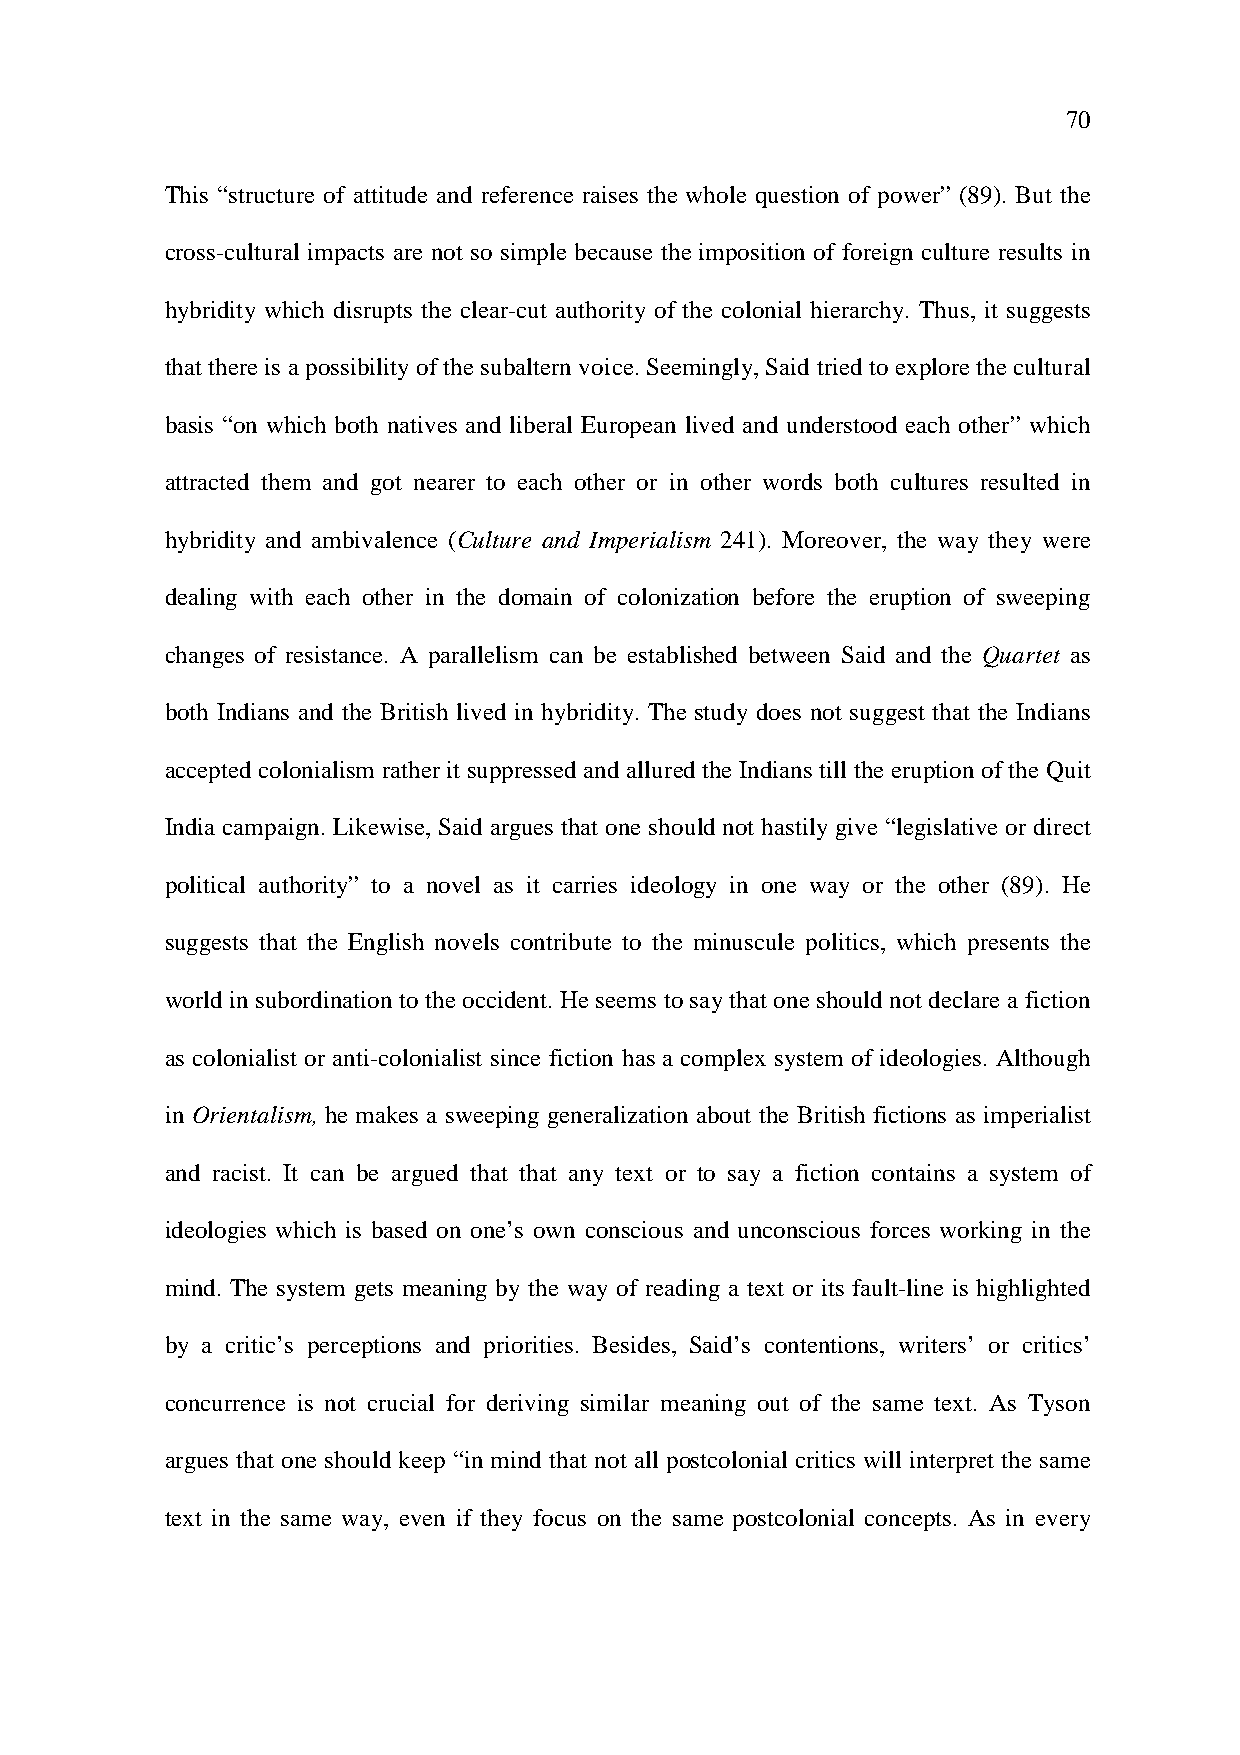
70
 This “structure of attitude and reference raises the whole question of power” (89). But the
 cross-cultural impacts are not so simple because the imposition of foreign culture results in
 hybridity which disrupts the clear-cut authority of the colonial hierarchy. Thus, it suggests
 that there is a possibility of the subaltern voice. Seemingly, Said tried to explore the cultural
 basis “on which both natives and liberal European lived and understood each other” which
 attracted them and got nearer to each other or in other words both cultures resulted in
 hybridity and ambivalence (Culture and Imperialism 241). Moreover, the way they were
 dealing with each other in the domain of colonization before the eruption of sweeping
 changes of resistance. A parallelism can be established between Said and the Quartet as
 both Indians and the British lived in hybridity. The study does not suggest that the Indians
 accepted colonialism rather it suppressed and allured the Indians till the eruption of the Quit
 India campaign. Likewise, Said argues that one should not hastily give “legislative or direct
 political authority” to a novel as it carries ideology in one way or the other (89). He
 suggests that the English novels contribute to the minuscule politics, which presents the
 world in subordination to the occident. He seems to say that one should not declare a fiction
 as colonialist or anti-colonialist since fiction has a complex system of ideologies. Although
 in Orientalism, he makes a sweeping generalization about the British fictions as imperialist
 and racist. It can be argued that that any text or to say a fiction contains a system of
 ideologies which is based on one’s own conscious and unconscious forces working in the
 mind. The system gets meaning by the way of reading a text or its fault-line is highlighted
 by a critic’s perceptions and priorities. Besides, Said’s contentions, writers’ or critics’
 concurrence is not crucial for deriving similar meaning out of the same text. As Tyson
 argues that one should keep “in mind that not all postcolonial critics will interpret the same
 text in the same way, even if they focus on the same postcolonial concepts. As in every